Report of the Municipal Commissioner on the plague in Bombay for the year ending 31st May... - Volume 3
Disease focus: Plague
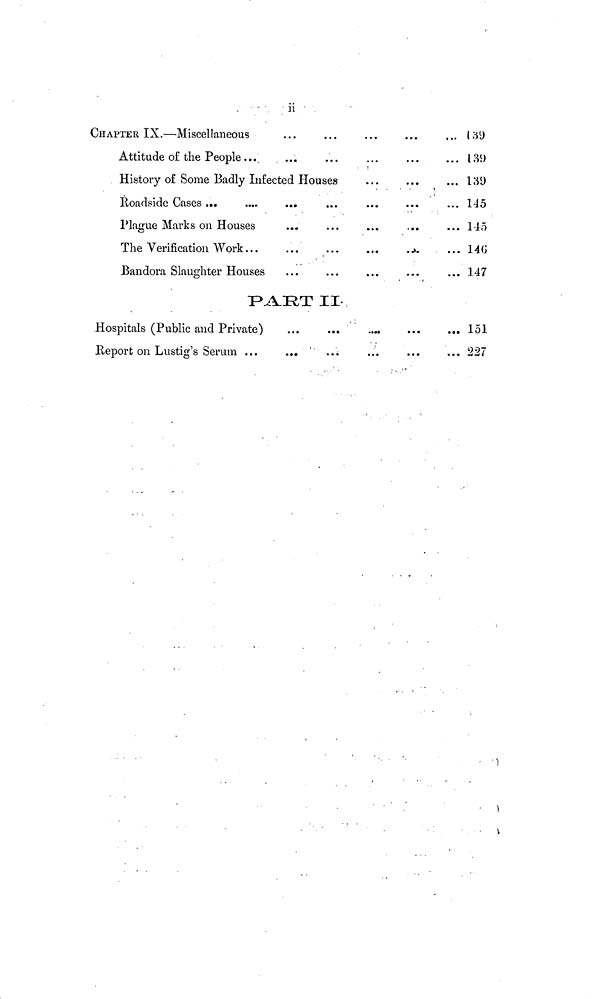
ii
CHAPTER IX.—Miscellaneous
...
Attitude of the People
History of Some Badly Infected Houses
Roadside Cases ...
Plague Marks on Houses
The Verification Work
Bandora Slaughter Houses
139
139
139
145
115
140
147
PART II.
Hospitals (Public and Private)
...
...
....
Report on Lustig's Serum ...
151
227